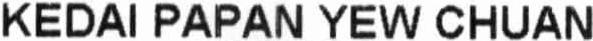
KEDAI PAPAN YEW CHUAN